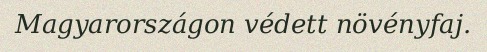
Magyarországon védett növényfaj.